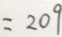
= 2 0 9